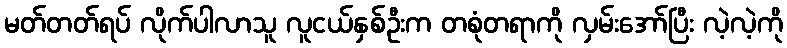
မတ်တတ်ရပ် လိုက်ပါလာသူ လူငယ်နှစ်ဦးက တစုံတရာကို လှမ်းအော်ပြီး လဲ့လဲ့ကို